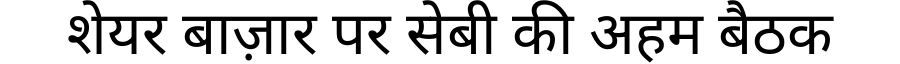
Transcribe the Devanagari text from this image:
शेयर बाज़ार पर सेबी की अहम बैठक